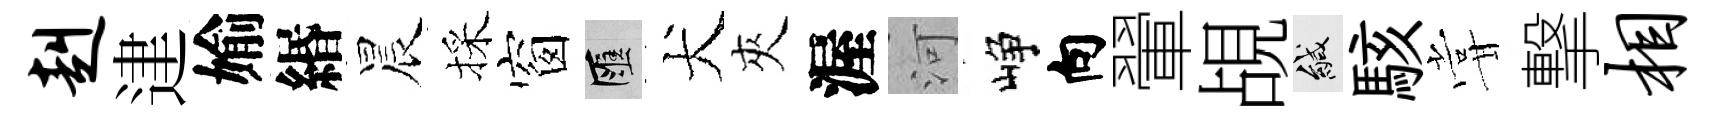
赳䢖媮緡晨採窗匯犬夾渥河峥向翬覘緘駭甞撃相